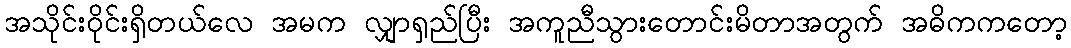
အသိုင်းဝိုင်းရှိတယ်လေ အမက လျှာရှည်ပြီး အကူညီသွားတောင်းမိတာအတွက် အဓိကကတော့